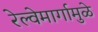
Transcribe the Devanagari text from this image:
रेल्वेमार्गामुळे